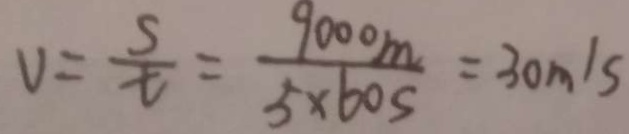
V = \frac { s } { t } = \frac { 9 0 0 0 m } { 5 \times 6 0 s } = 3 0 m / s